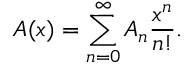
A ( x ) = \sum _ { n = 0 } ^ { \infty } A _ { n } { \frac { x ^ { n } } { n ! } } .